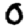
Digit: 0